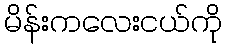
မိန်းကလေးငယ်ကို